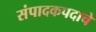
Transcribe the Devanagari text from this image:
संपादकपदाचे